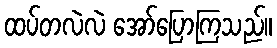
ထပ်တလဲလဲ အော်ပြောကြသည်။